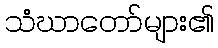
သံဃာတော်များ၏